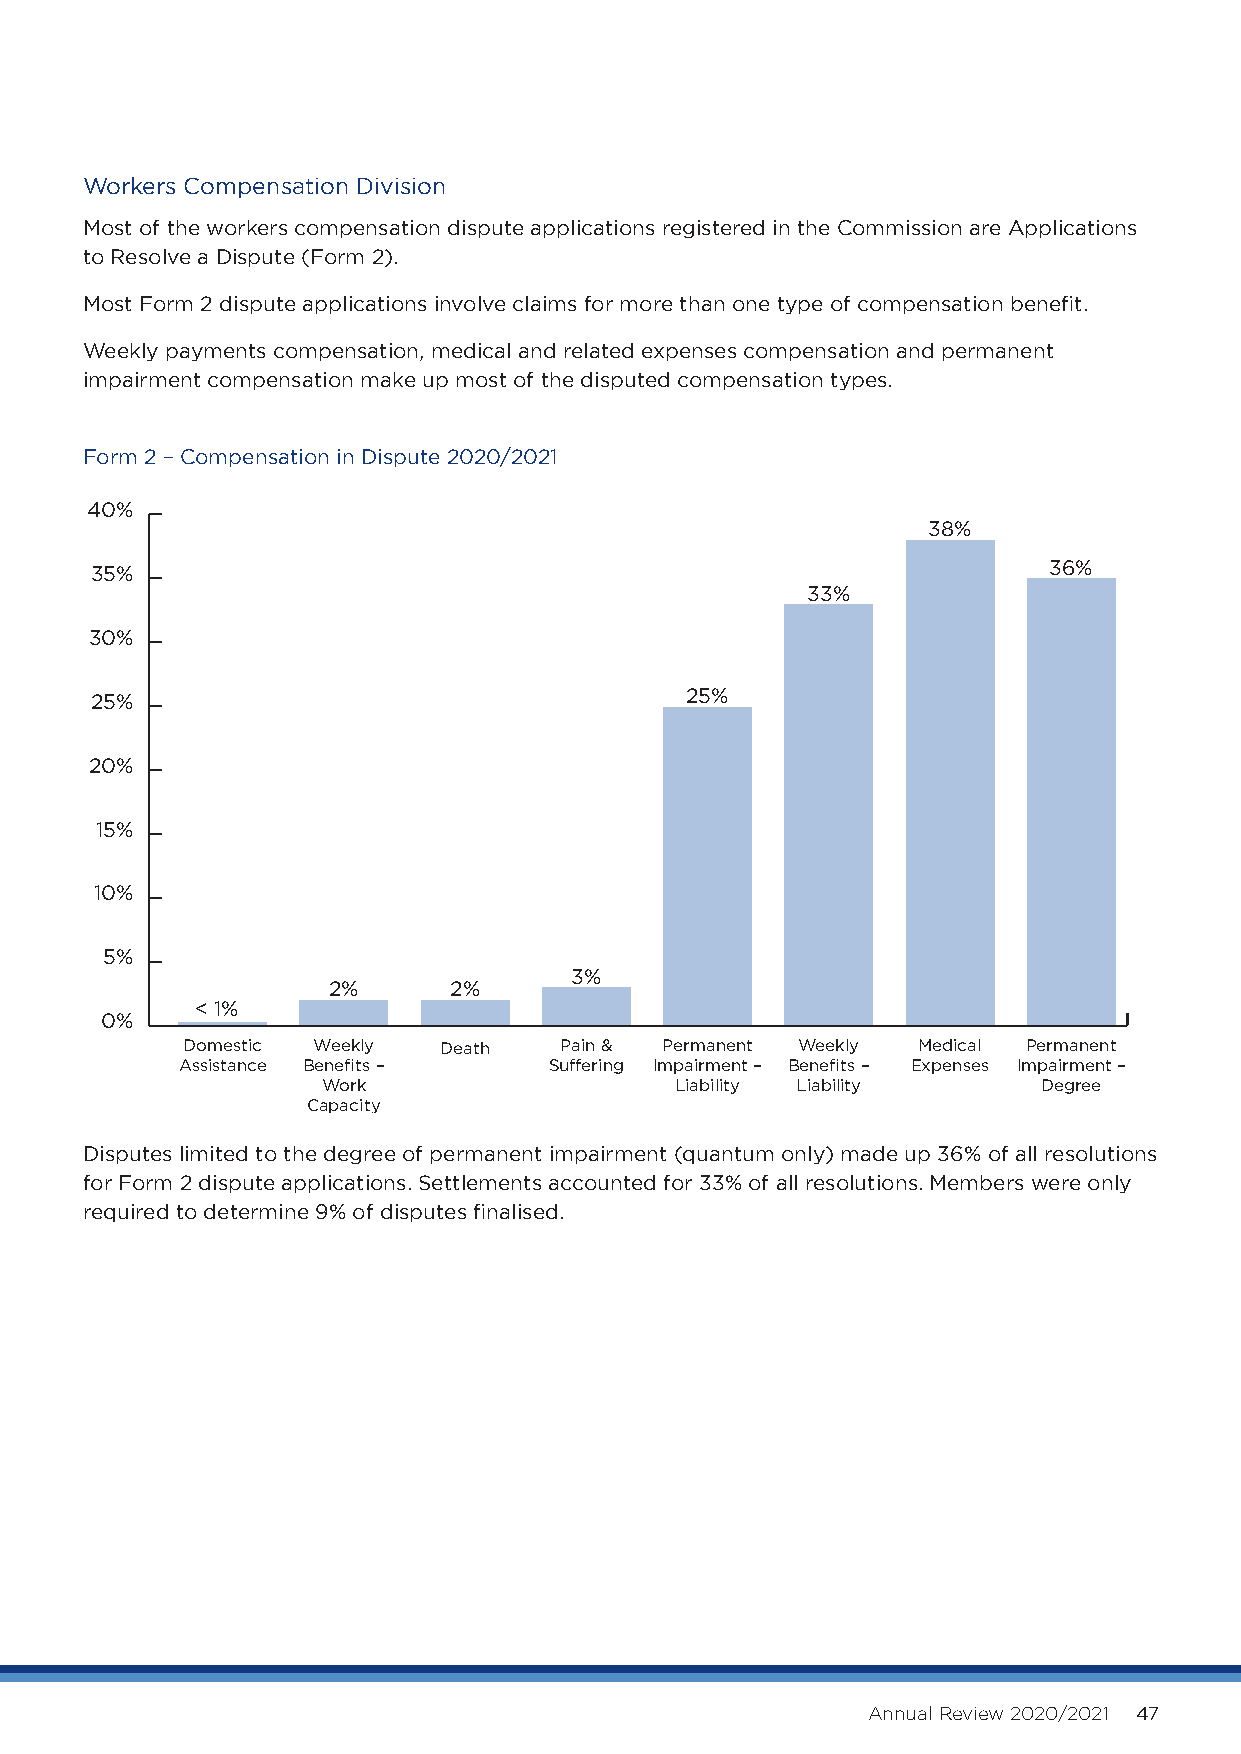
Workers Compensation Division
 Most of the workers compensation dispute applications registered in the Commission are Applications
 to Resolve a Dispute (Form 2).
 Most Form 2 dispute applications involve claims for more than one type of compensation benefit.
 Weekly payments compensation, medical and related expenses compensation and permanent
 impairment compensation make up most of the disputed compensation types.
 Form 2 – Compensation in Dispute 2020/2021
 40%
 38%
 35%                                                            36%
 33%
 30%
 25%                                    25%
 20%
 15%
 10%
 5%
 3%
 2%      2%
 < 1%
 0%
 Domestic Weekly  Death   Pain & Permanent Weekly Medical Permanent
 Assistance Benefits –   Suffering Impairment – Benefits – Expenses Impairment –
 Work                    Liability Liability     Degree
 Capacity
 Disputes limited to the degree of permanent impairment (quantum only) made up 36% of all resolutions
 for Form 2 dispute applications. Settlements accounted for 33% of all resolutions. Members were only
 required to determine 9% of disputes finalised.
 Annual Review 2020/2021 47